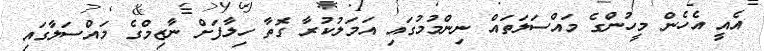
އެއީ އެހެން މީހުންގެ މައްސަލަތައް ނިންމުމުގައި އަމަލުކުރާ ގޮތާ ހިލާފަށް ނާޒިމްގެ މައްސަލާގައި